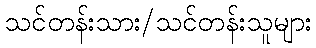
သင်တန်းသား/သင်တန်းသူများ